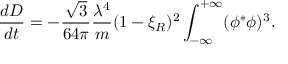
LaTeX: { \frac { d D } { d t } } = - { \frac { \sqrt { 3 } } { 6 4 \pi } } { \frac { \lambda ^ { 4 } } { m } } ( 1 - \xi _ { R } ) ^ { 2 } \int _ { - \infty } ^ { + \infty } ( \phi ^ { * } \phi ) ^ { 3 } .